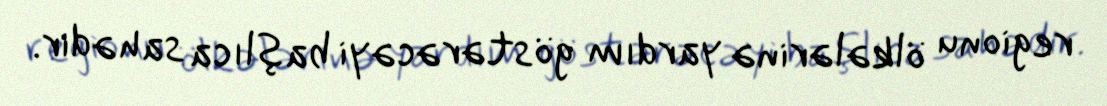
regionu ölkələrinə yardım göstərəcəyi başlıca sahədir.